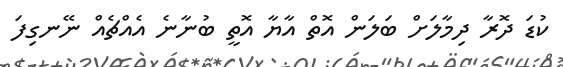
ކުޑަ ދޮރާ ދިމާލަށް ބަލަން އޮތް އާޔާ އޮތީ ބުނާނެ އެއްޗެއް ނޭނގިފަ